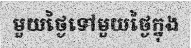
មួយថ្ងៃទៅមួយថ្ងៃក្នុង